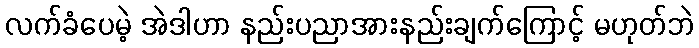
လက်ခံပေမဲ့ အဲဒါဟာ နည်းပညာအားနည်းချက်ကြောင့် မဟုတ်ဘဲ